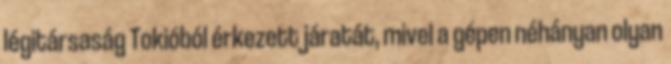
légitársaság Tokióból érkezett járatát, mivel a gépen néhányan olyan